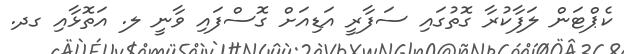
ކެޕްޓަން ލަފާކުރާ ގޮތުގައި ސަފާރީ އަޑިއަށް ގޮސްފައި ވާނީ ލ. އަތޮޅާއި ގދ.